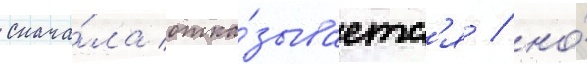
снача́ла отка́зываетс'я / но́